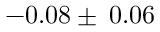
- 0 . 0 8 \pm \: 0 . 0 6